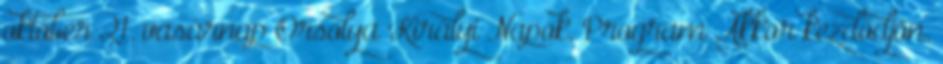
október 21. vasárnap Orsolya Királyi Napok, Program Akkor kezdődjön.